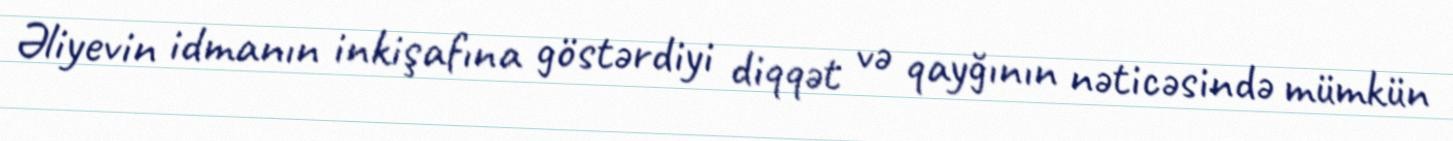
Əliyevin idmanın inkişafına göstərdiyi diqqət və qayğının nəticəsində mümkün